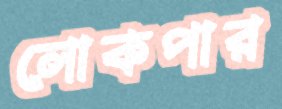
লোকপার